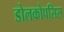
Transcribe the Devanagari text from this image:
डोलकोपसिस